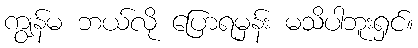
ကျွန်မ ဘယ်လို ပြောရမှန်း မသိပါဘူးရှင်။